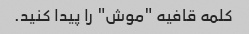
کلمه قافیه "موش" را پیدا کنید.